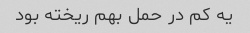
یه کم در حمل بهم ریخته بود